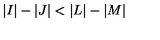
\vert I \vert - \vert J \vert < \vert L \vert - \vert M \vert